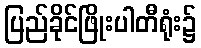
ပြည်ခိုင်ဖြိုးပါတီရုံး၌